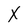
Character: x